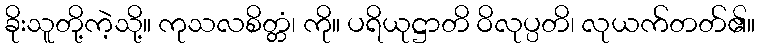
ခိုးသူတို့ကဲ့သို့။ ကုသလစိတ္တံ၊ ကို။ ပရိယုဋ္ဌာတိ ဝိလုပ္ပတိ၊ လုယက်တတ်၏။